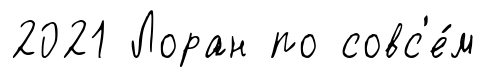
2021 Лоран по совс'е́м